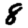
Digit: 8